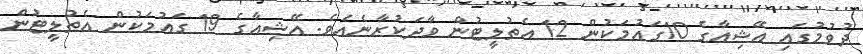
ދުވުމުގައި އޭޝިއާގެ 10ގައުމަކުން 12 އެތުލީޓުން ވާދަކުރާނެއެވެ. އޭޝިއާގެ 19 ގައުމަކުން އެތުލީޓުން